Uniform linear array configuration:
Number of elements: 12
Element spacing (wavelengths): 0.75
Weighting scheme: hamming
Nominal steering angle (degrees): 45
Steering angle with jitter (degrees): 44.743
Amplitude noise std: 0.05
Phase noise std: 0.05

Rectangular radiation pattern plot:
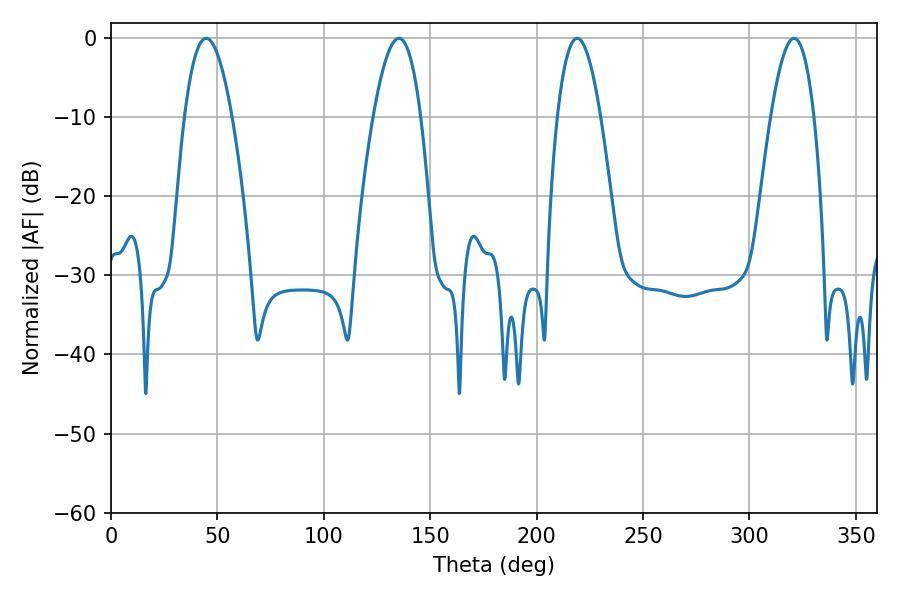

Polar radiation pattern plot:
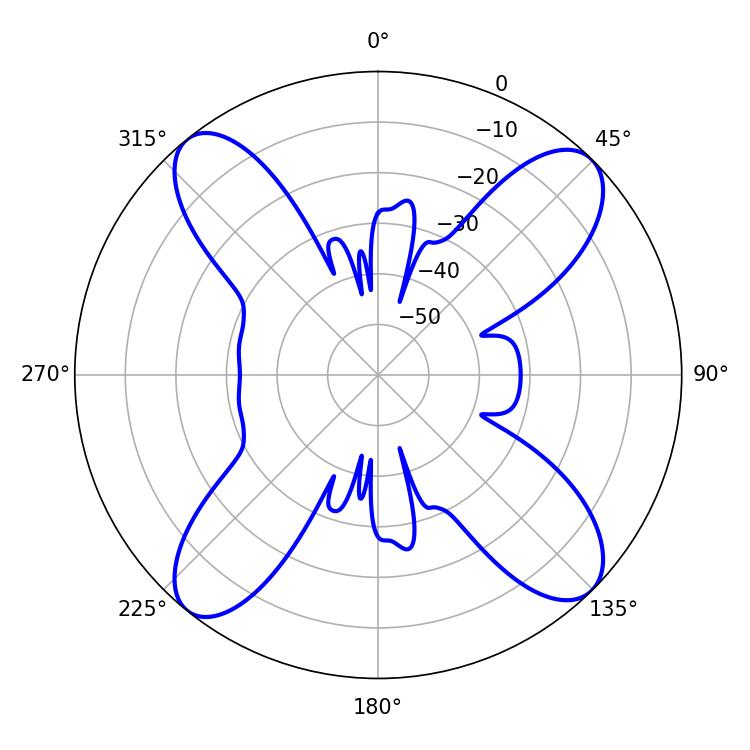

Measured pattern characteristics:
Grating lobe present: TRUE
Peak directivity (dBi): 15.295
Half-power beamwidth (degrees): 11.16
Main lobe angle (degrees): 219.06